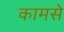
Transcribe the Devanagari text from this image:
कामसे